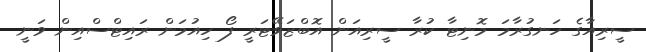
ސީރިއާގެ ހަނގުރާމަ މޮނިޓާ ކުރާ ސީރިއަން އޮބްޒަވޭޓަރީ ފޯ ހިއުމަން ރައިޓްސްއިން ވަނީ